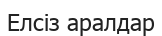
Елсіз аралдар